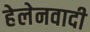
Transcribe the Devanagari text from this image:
हेलेनवादी